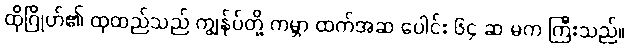
ထိုဂြိုဟ်၏ ထုထည်သည် ကျွန်ုပ်တို့ ကမ္ဘာ ထက်အဆ ပေါင်း ၆၄ ဆ မက ကြီးသည်။